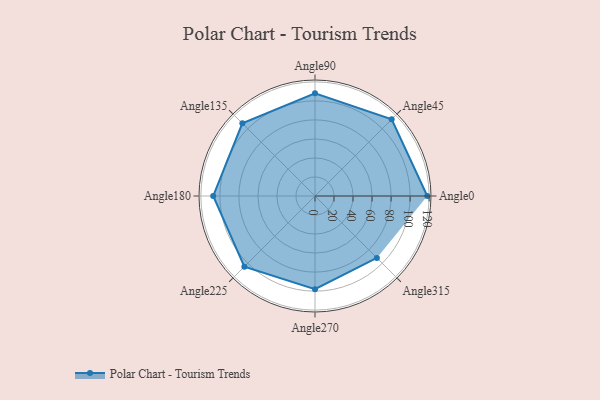
{"axis": {"x": "Angle", "y": "Radius"}, "legend": [""], "data": [{"x": "Angle0", "y": 118.0, "type": ""}, {"x": "Angle45", "y": 114.0, "type": ""}, {"x": "Angle90", "y": 108.0, "type": ""}, {"x": "Angle135", "y": 108.0, "type": ""}, {"x": "Angle180", "y": 107.0, "type": ""}, {"x": "Angle225", "y": 105.0, "type": ""}, {"x": "Angle270", "y": 98.0, "type": ""}, {"x": "Angle315", "y": 92.0, "type": ""}]}